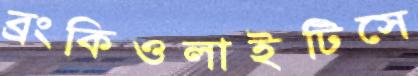
ব্রংকিওলাইটিসে